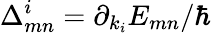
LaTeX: \Delta_{mn}^{i}=\partial_{k_{i}}E_{mn}/\hbar